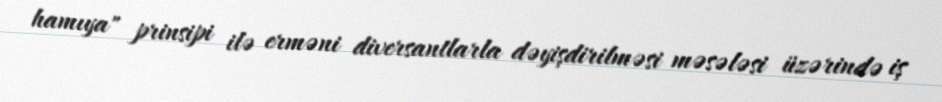
hamıya" prinsipi ilə erməni diversantlarla dəyişdirilməsi məsələsi üzərində iş